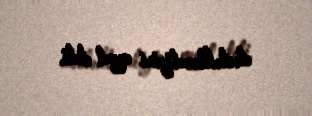
dəstəkləndiyini qeyd etdi.